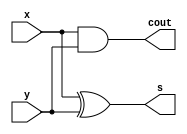
module halfadder(x,y,s,cout);
input x,y;
output s,cout;
assign s = x ^ y;
assign cout = x & y;
endmodule